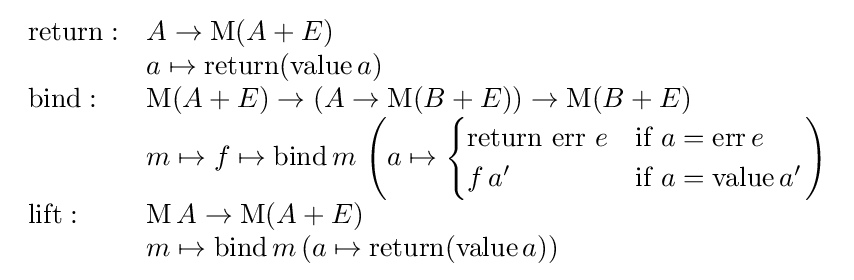
{\begin{array}{ll}\mathrm {return} :&A\rightarrow \mathrm {M} (A+E)\\&a\mapsto \mathrm {return} (\mathrm {value} \,a)\\\mathrm {bind} :&\mathrm {M} (A+E)\rightarrow (A\rightarrow \mathrm {M} (B+E))\rightarrow \mathrm {M} (B+E)\\&m\mapsto f\mapsto \mathrm {bind} \,m\,\left(a\mapsto {\begin{cases}{\mbox{return err }}e&{\mbox{if }}a=\mathrm {err} \,e\\f\,a'&{\mbox{if }}a=\mathrm {value} \,a'\end{cases}}\right)\\\mathrm {lift} :&\mathrm {M} \,A\rightarrow \mathrm {M} (A+E)\\&m\mapsto \mathrm {bind} \,m\,(a\mapsto \mathrm {return} (\mathrm {value} \,a))\\\end{array}}